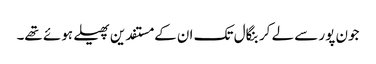
جون پور سے لے کر بنگال تک ان کے مستفدین پھیلے ہوئے تھے۔